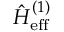
\hat { H } _ { \mathrm { e f f } } ^ { ( 1 ) }